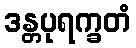
ဒန္တပုရက္ခတံ